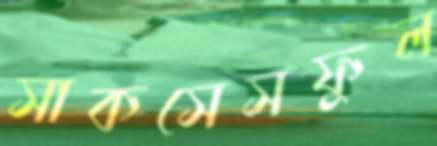
সাকসেসফুল